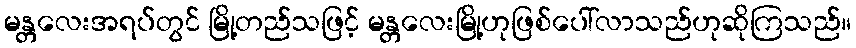
မန္တလေးအရပ်တွင် မြို့တည်သဖြင့် မန္တလေးမြို့ဟုဖြစ်ပေါ်လာသည်ဟုဆိုကြသည်။